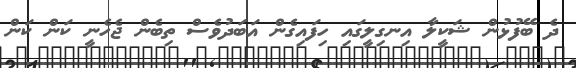
ދެ ބޭފުޅުން ޝަކީލާ އިނގިލީގައި ހިފައިގެން އަބަދުވެސް ތިބެން ޖެހެނީ ކަން ކަން